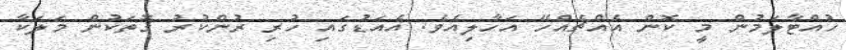
ހުއްޓާލަމުން މީ ކޮން އެއްޗެއްހޭ އަހާލިއެވެ. އެއަޑުގައި ހުރި ރުންކުރު ގޮތަކުން މަލަކާ